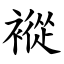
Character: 䙕